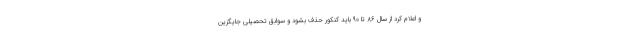
و اعلام کرد از سال ۸۶ تا ۹۰ باید کنکور حذف بشود و سوابق تحصیلی جایگزین